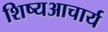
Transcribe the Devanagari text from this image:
शिष्यआचार्य